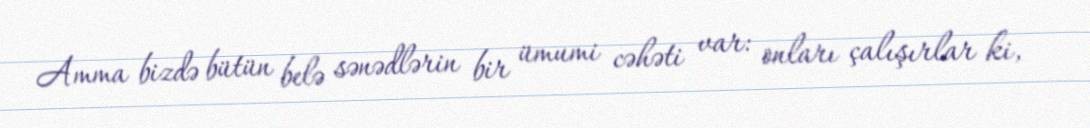
Amma bizdə bütün belə sənədlərin bir ümumi cəhəti var: onları çalışırlar ki,